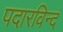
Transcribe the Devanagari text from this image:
पदारविन्दं